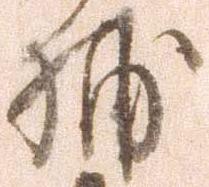
捕